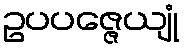
ဥပပဇ္ဇေယျုံ